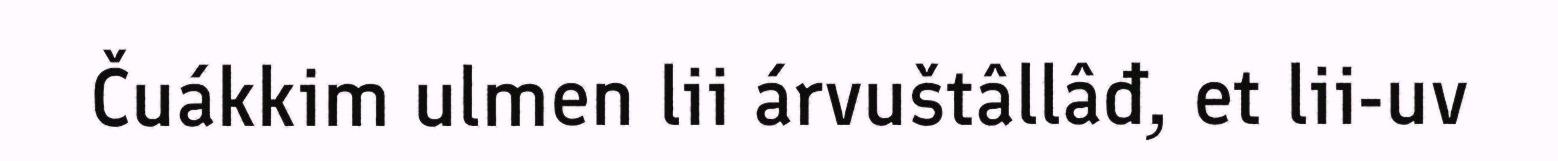
Čuákkim ulmen lii árvuštâllâđ, et lii-uv